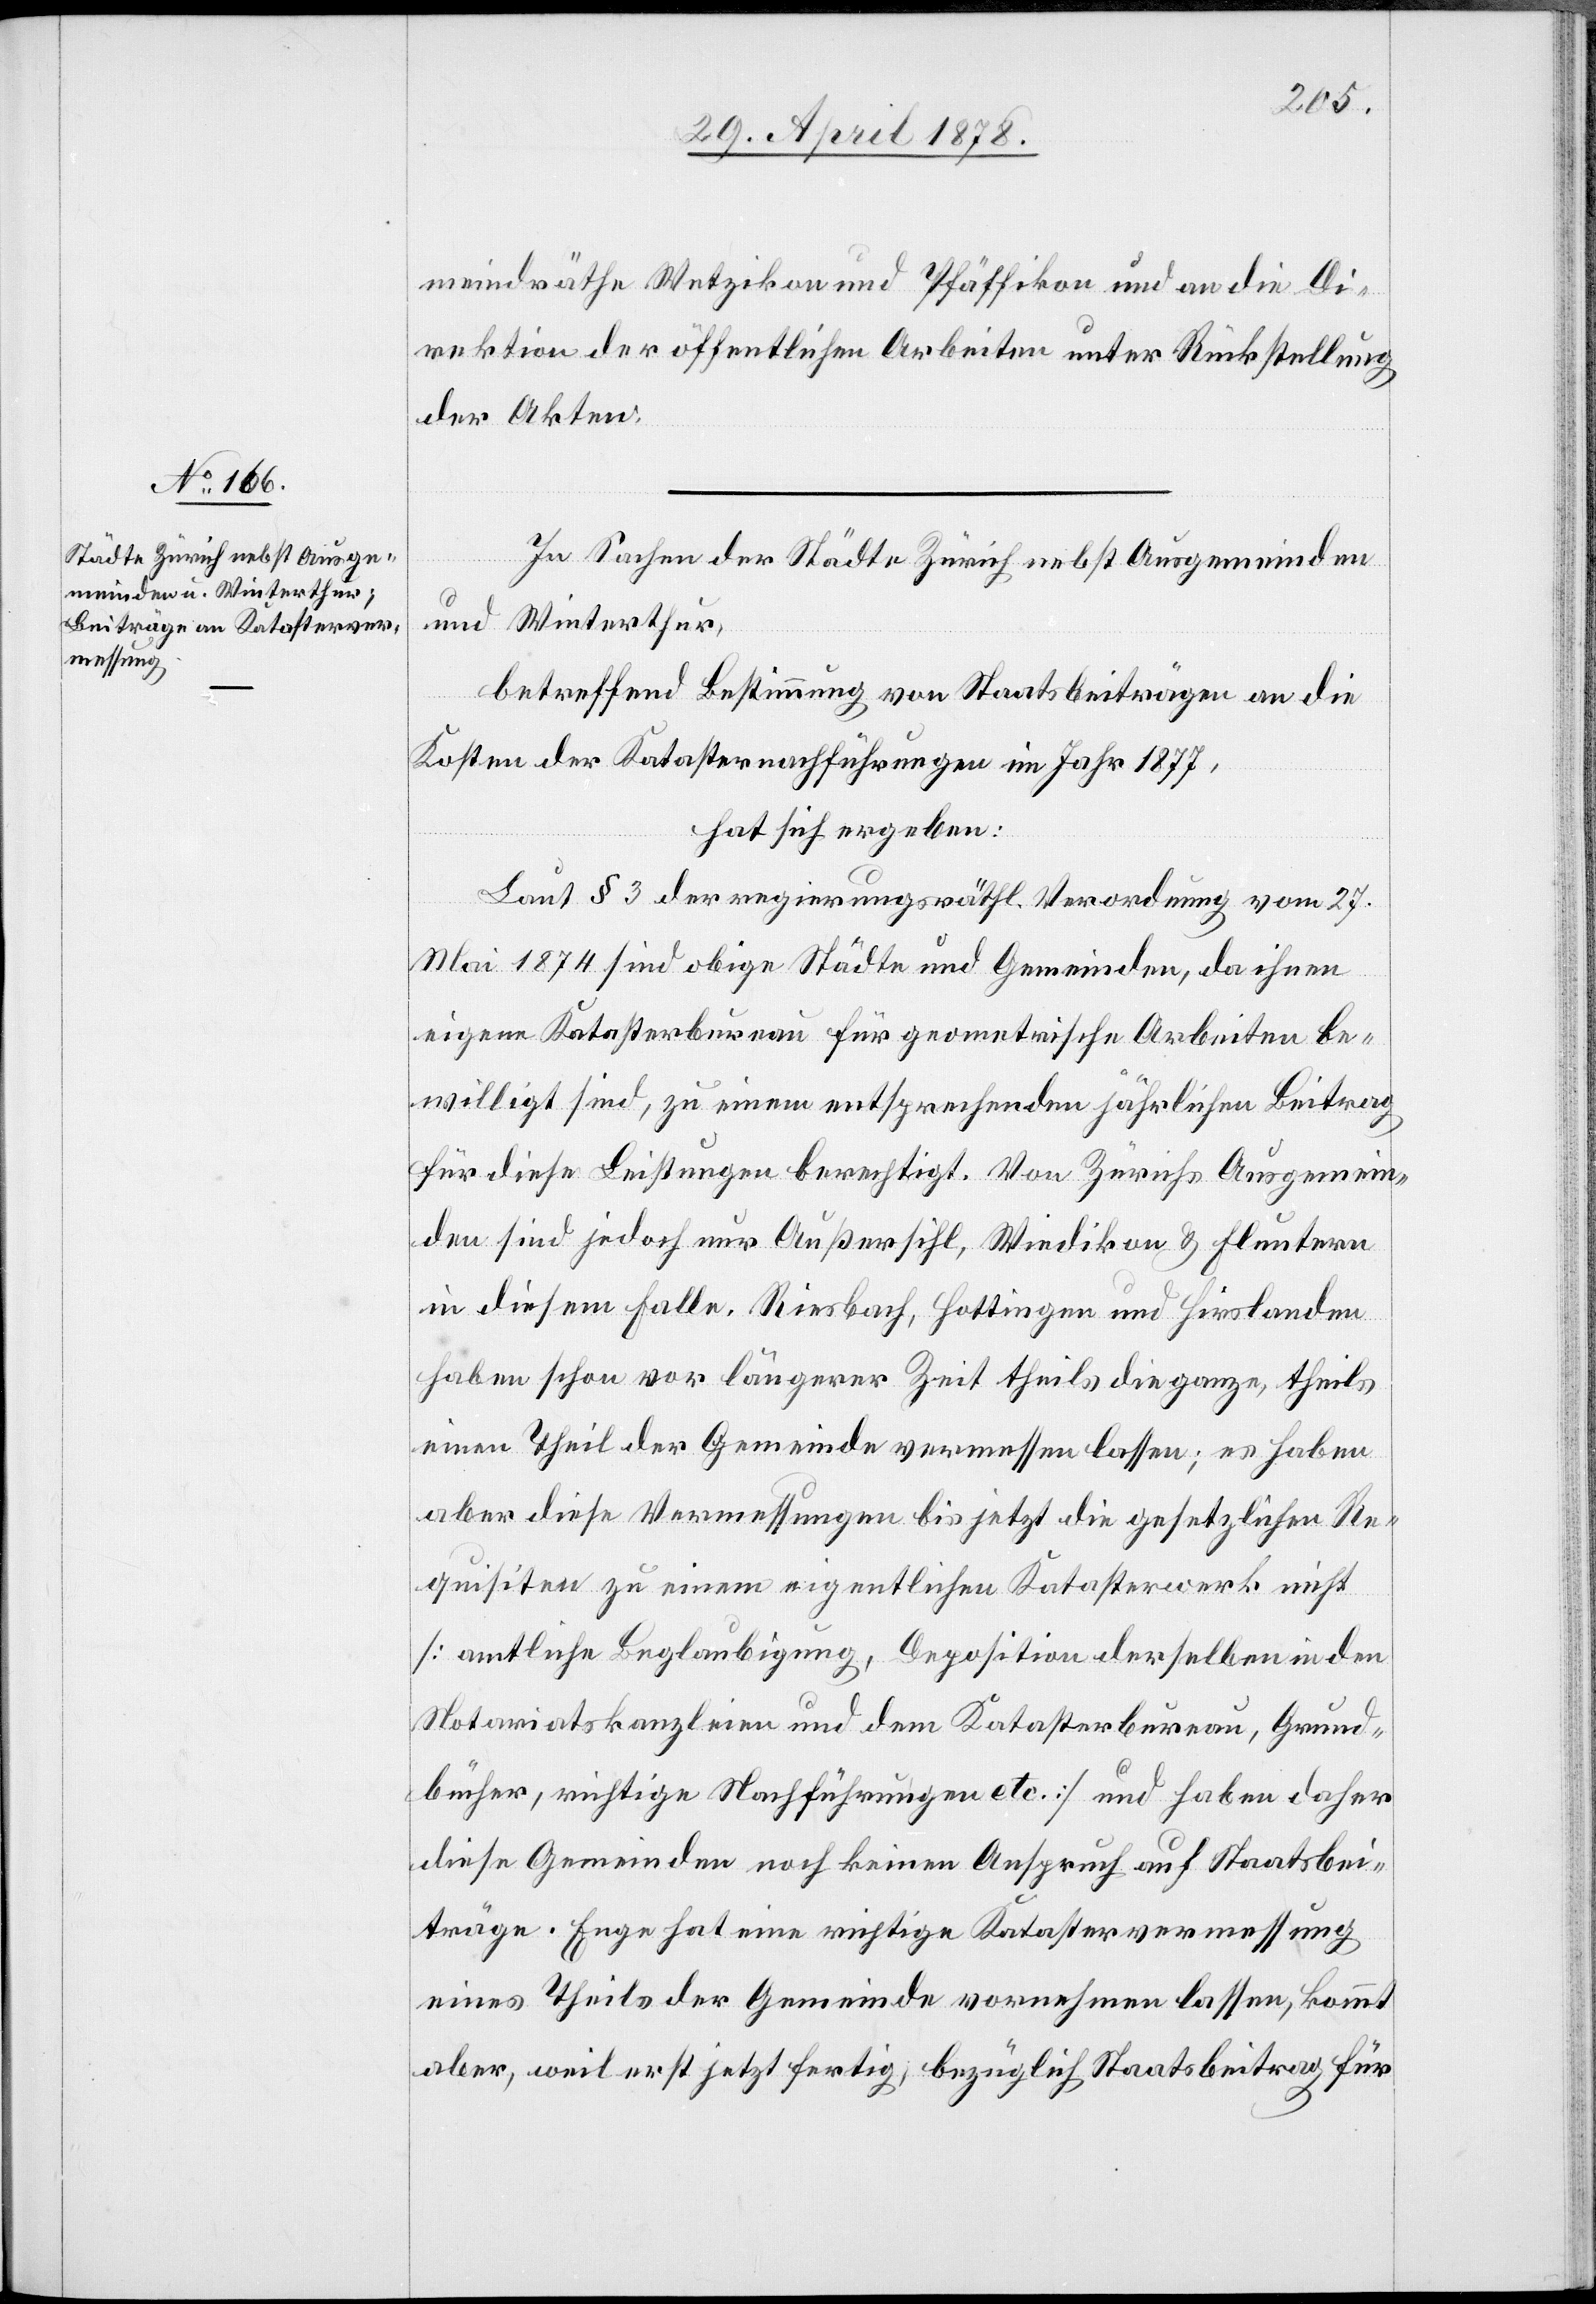
meindräthe Wetzikon und Pfäffikon und an die Di¬
rektion der öffentlichen Arbeiten unter Rückstellung
der Akten.
In Sachen der Städte Zürich nebst Ausgemeinden
und Winterthur,
betreffend Bestimmung von Staatsbeiträgen an die
Kosten der Katasternachführungen im Jahr 1877,
hat sich ergeben:
Laut § 3 der regierungsräthl. Verordnung vom 27.
Mai 1874 sind obige Städte und Gemeinden, da ihnen
eigene Katasterbureau für geometrische Arbeiten be¬
willigt sind, zu einem entsprechenden jährlichen Beitrag
für diese Leistungen berechtigt. Von Zürichs Ausgemein¬
den sind jedoch nur Außersihl, Wiedikon & Fluntern
in diesem Falle. Riesbach, Hottingen und Hirslanden
haben schon vor längerer Zeit theils die ganze, theils
einen Theil der Gemeinde vermessen lassen; es haben
aber diese Vermessungen bis jetzt die gesetzlichen Re¬
quisiten zu einem eigentlichen Katasterwerk nicht
[amtliche Beglaubigung, Deposition derselben in den
Notariatskanzleien und den Katasterbureau, Grund¬
bücher, richtige Nachführungen etc.] und haben daher
diese Gemeinden noch keinen Anspruch auf Staatsbei¬
träge. Enge hat eine richtige Katastervermessung
eines Theils der Gemeinde vornehmen lassen, kommt
aber, weil erst jetzt fertig, bezüglich Staatsbeitrag für